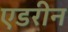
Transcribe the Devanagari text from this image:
एडरीन